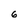
Character: 6